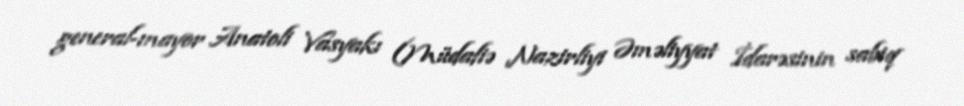
general-mayor Anatoli Vasyakı (Müdafiə Nazirliyi Əməliyyat İdarəsinin sabiq